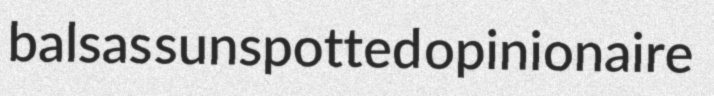
balsas sunspotted opinionaire